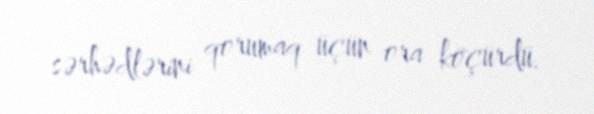
sərhədlərini qorumaq üçün ora köçürdü.